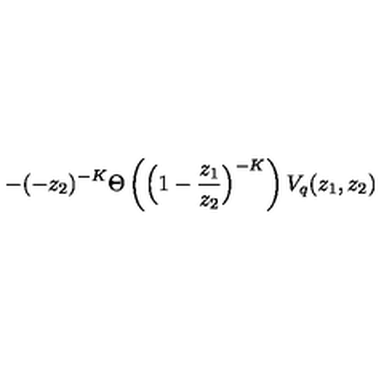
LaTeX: - ( - z _ { 2 } ) ^ { - K } \Theta \left( \Big ( 1 - \frac { z _ { 1 } } { z _ { 2 } } \Big ) ^ { - K } \right) V _ { q } ( z _ { 1 } , z _ { 2 } )